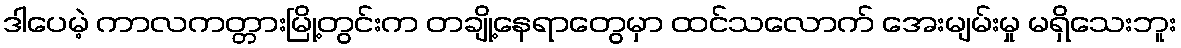
ဒါပေမဲ့ ကာလကတ္တားမြို့တွင်းက တချို့နေရာတွေမှာ ထင်သလောက် အေးမျမ်းမှု မရှိသေးဘူး